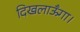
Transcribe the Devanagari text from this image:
दिखलाऊँगा।